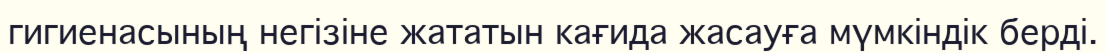
гигиенасының негізіне жататын кағида жасауға мүмкіндік берді.